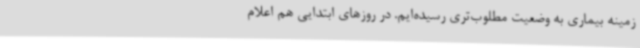
زمینه بیماری به وضعیت مطلوب‌تری رسیده‌ایم. در روزهای ابتدایی هم اعلام